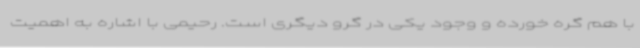
با هم گره خورده و وجود یکی در گرو دیگری است. رحیمی با اشاره به اهمیت